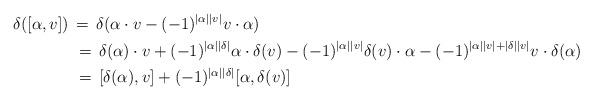
LaTeX: \begin{align*}\delta([\alpha, v])\,&=\, \delta(\alpha \cdot v -(-1)^{|\alpha||v|} v \cdot \alpha)\\&\,=\, \delta(\alpha) \cdot v +(-1)^{|\alpha||\delta|} \alpha \cdot \delta(v) -(-1)^{|\alpha||v|} \delta(v) \cdot \alpha -(-1)^{|\alpha||v|+|\delta||v|} v \cdot \delta(\alpha)\\&\,=\, [\delta(\alpha), v] +(-1)^{|\alpha||\delta|} [\alpha, \delta(v)] \,\\\end{align*}